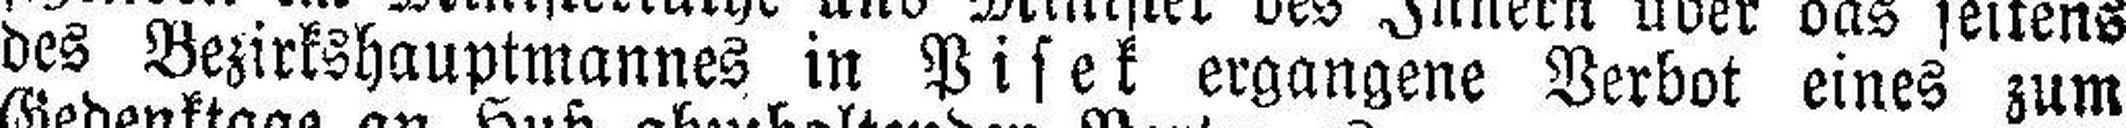
des Bezirkshauptmannes in Pisek ergangene Verbot eines zum